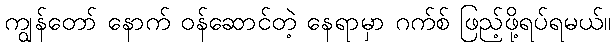
ကျွန်တော် နောက် ဝန်ဆောင်တဲ့ နေရာမှာ ဂက်စ် ဖြည့်ဖို့ရပ်ရမယ်။